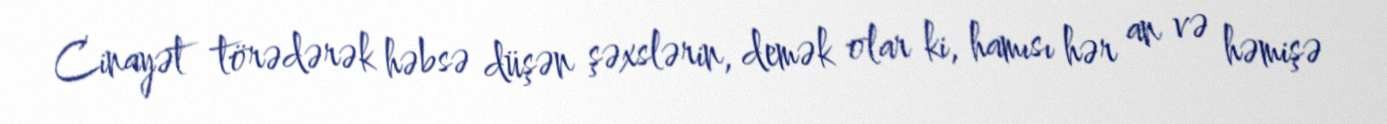
Cinayət törədərək həbsə düşən şəxslərin, demək olar ki, hamısı hər an və həmişə